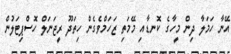
އޭނާ ހަމަލާ ދިން މީހާގެ ކޮނޑާއި މޭމަތި ޒަހަމްވެގެން ހިތަދޫ ރީޖަނަލް ހޮސްޕިޓަލުން